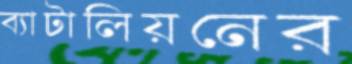
ব্যাটালিয়নের